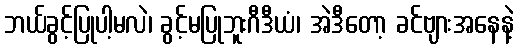
ဘယ်ခွင့်ပြုပါ့မလဲ၊ ခွင့်မပြုဘူးဂီဒီယံ၊ အဲဒီတော့ ခင်ဗျားအနေနဲ့